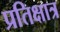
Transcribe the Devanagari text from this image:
प्रतिक्षात्र